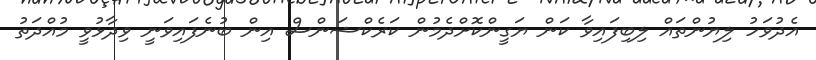
އެދުވަހު ލިޔުންތައް ލިބިފައިވާ ކަން ޔަގީންކޮށްދެމުން ކަރެކްޝަންސް އިން ބުނެފައިވަނީ ވިދާޅުވީ މުއްދަތު